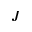
J